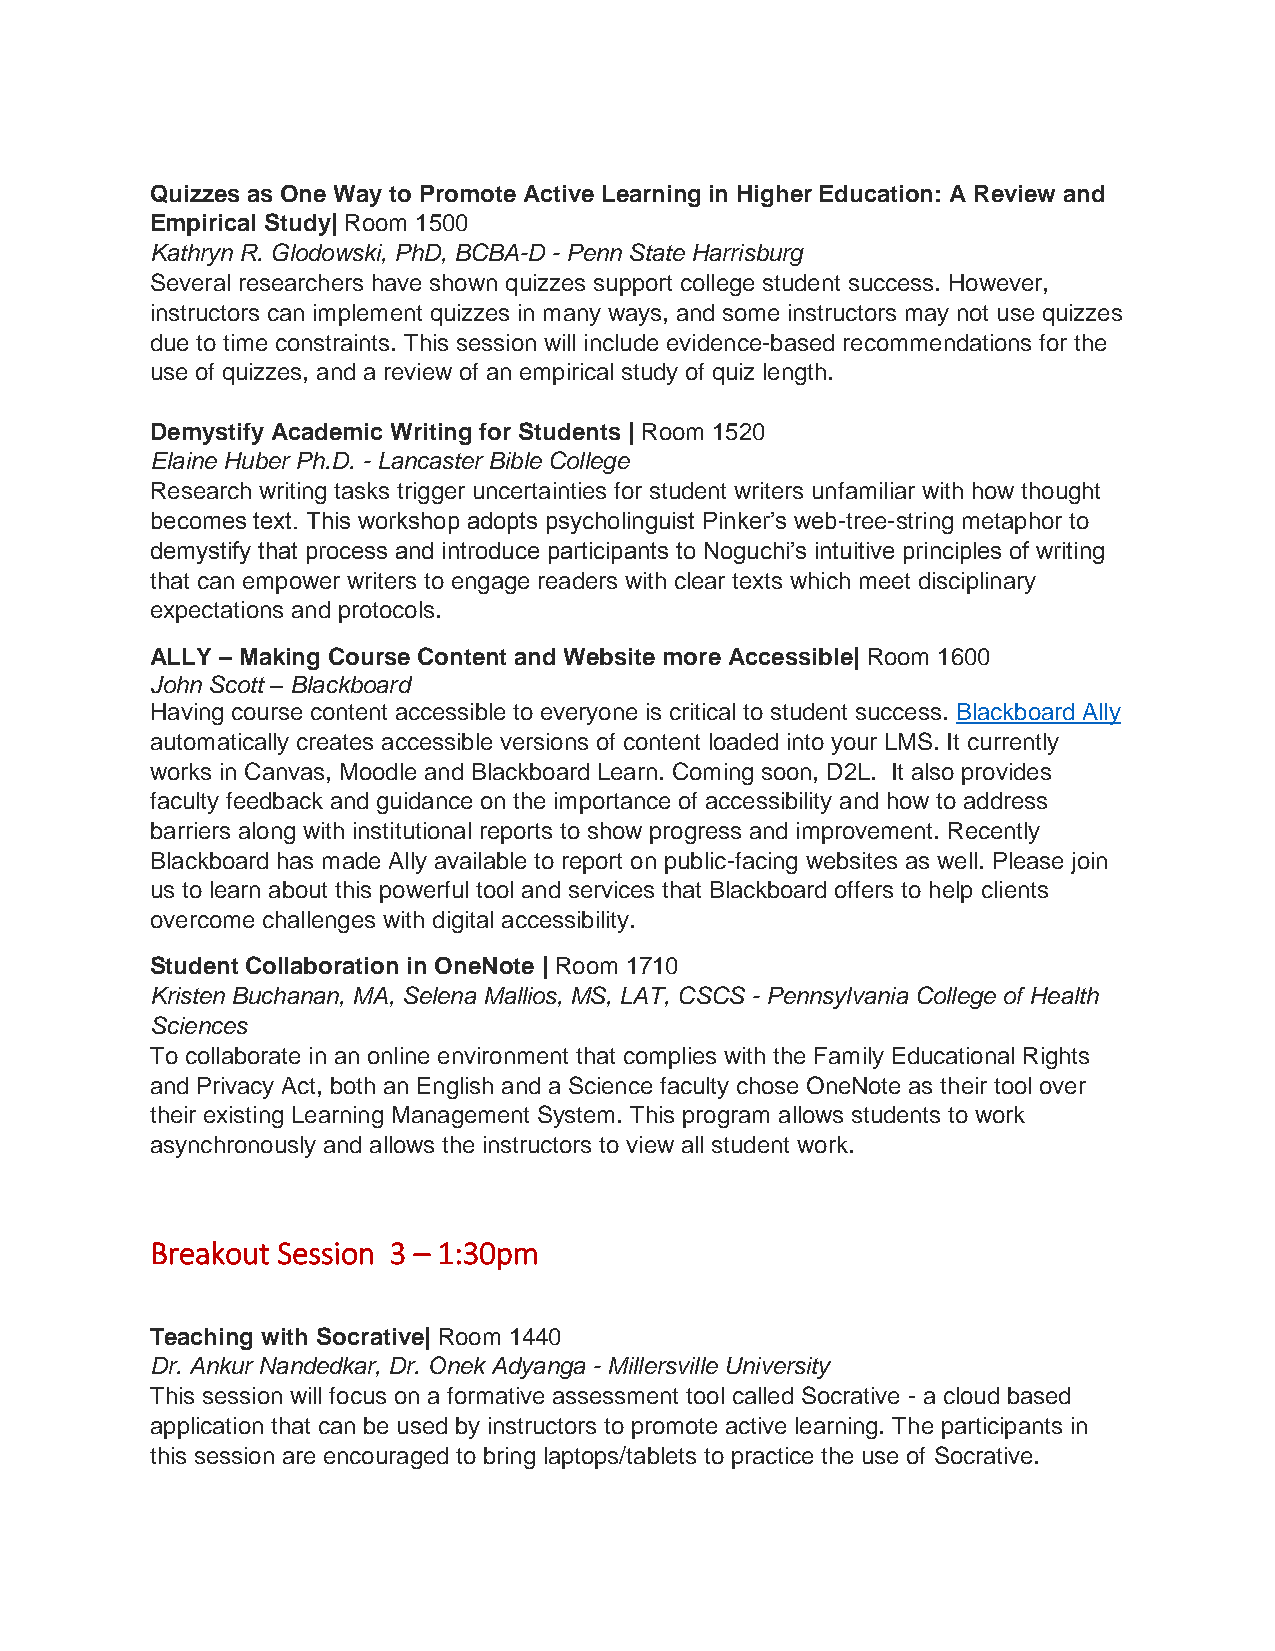
Quizzes as One Way to Promote Active Learning in Higher Education: A Review and
 Empirical Study| Room 1500
 Kathryn R. Glodowski, PhD, BCBA-D - Penn State Harrisburg
 Several researchers have shown quizzes support college student success. However,
 instructors can implement quizzes in many ways, and some instructors may not use quizzes
 due to time constraints. This session will include evidence-based recommendations for the
 use of quizzes, and a review of an empirical study of quiz length.
 Demystify Academic Writing for Students | Room 1520
 Elaine Huber Ph.D. - Lancaster Bible College
 Research writing tasks trigger uncertainties for student writers unfamiliar with how thought
 becomes text. This workshop adopts psycholinguist Pinker’s web-tree-string metaphor to
 demystify that process and introduce participants to Noguchi’s intuitive principles of writing
 that can empower writers to engage readers with clear texts which meet disciplinary
 expectations and protocols.
 ALLY – Making Course Content and Website more Accessible| Room 1600
 John Scott – Blackboard
 Having course content accessible to everyone is critical to student success. Blackboard Ally
 automatically creates accessible versions of content loaded into your LMS. It currently
 works in Canvas, Moodle and Blackboard Learn. Coming soon, D2L. It also provides
 faculty feedback and guidance on the importance of accessibility and how to address
 barriers along with institutional reports to show progress and improvement. Recently
 Blackboard has made Ally available to report on public-facing websites as well. Please join
 us to learn about this powerful tool and services that Blackboard offers to help clients
 overcome challenges with digital accessibility.
 Student Collaboration in OneNote | Room 1710
 Kristen Buchanan, MA, Selena Mallios, MS, LAT, CSCS - Pennsylvania College of Health
 Sciences
 To collaborate in an online environment that complies with the Family Educational Rights
 and Privacy Act, both an English and a Science faculty chose OneNote as their tool over
 their existing Learning Management System. This program allows students to work
 asynchronously and allows the instructors to view all student work.
 Breakout Session 3 – 1:30pm
 Teaching with Socrative| Room 1440
 Dr. Ankur Nandedkar, Dr. Onek Adyanga - Millersville University
 This session will focus on a formative assessment tool called Socrative - a cloud based
 application that can be used by instructors to promote active learning. The participants in
 this session are encouraged to bring laptops/tablets to practice the use of Socrative.